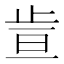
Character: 𪴶